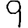
Digit: 9